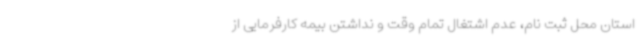
استان محل ثبت نام، عدم اشتغال تمام وقت و نداشتن بیمه کارفرمایی از